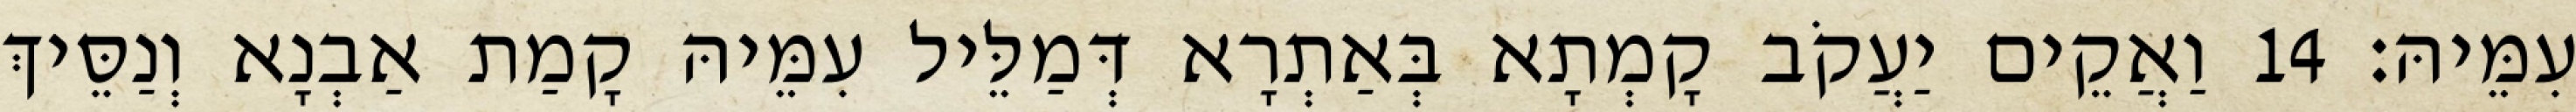
עִמֵּיהּ׃ 14 וַאֲקֵים יַעֲקֹב קָמְתָא בְּאַתְרָא דְּמַלֵּיל עִמֵּיהּ קָמַת אַבְנָא וְנַסֵּיךְ